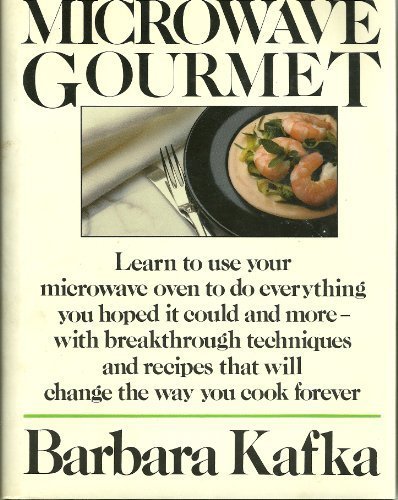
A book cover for Microwave Gourmet; Barbara Kafka; Cookbooks, Food & Wine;